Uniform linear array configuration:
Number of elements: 8
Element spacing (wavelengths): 1
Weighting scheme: exponential
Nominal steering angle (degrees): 45
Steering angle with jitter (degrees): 43.415
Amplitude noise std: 0.05
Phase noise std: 0.05

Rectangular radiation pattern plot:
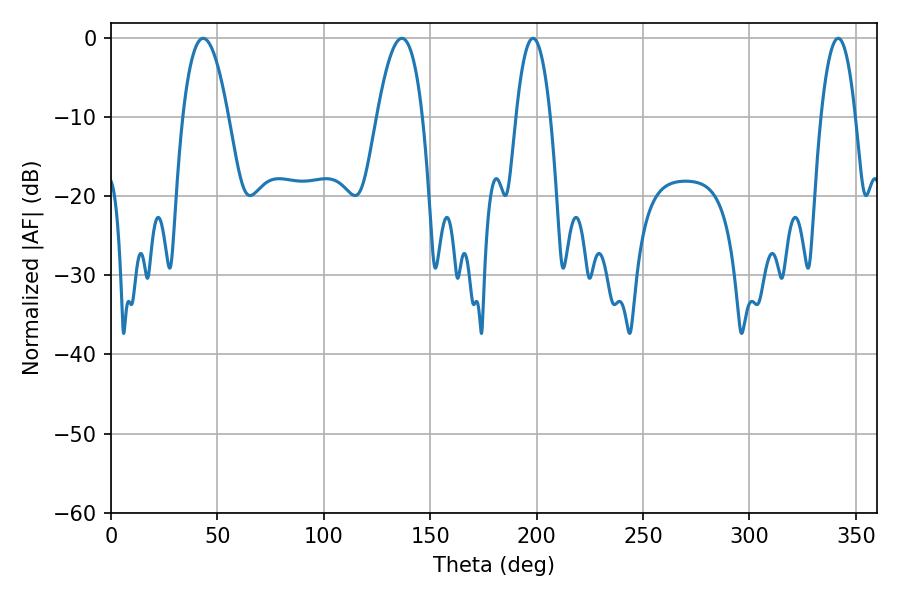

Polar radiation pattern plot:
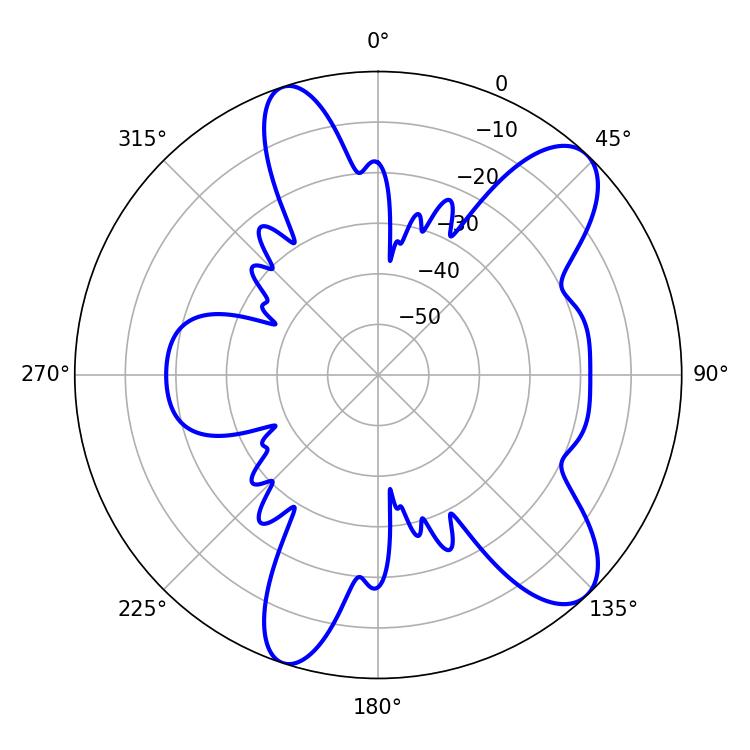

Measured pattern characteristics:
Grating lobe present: TRUE
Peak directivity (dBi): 9.855
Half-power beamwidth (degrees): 11.7
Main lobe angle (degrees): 43.38